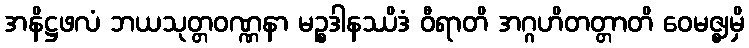
အနိဋ္ဌဖလံ ဘယသုတ္တဝဏ္ဏနာ မဉ္စဒါနဿိဒံ ဝီရာတိ အဂ္ဂဟိတတ္တာတိ ဝေမဇ္ဈမှိ